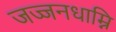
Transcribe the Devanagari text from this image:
जज्जनधाम्नि